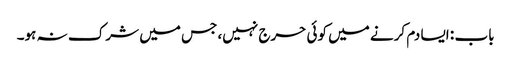
باب : ایسا دم کرنے میں کوئی حرج نہیں، جس میں شرک نہ ہو۔